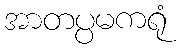
အာတပ္ပမကရုံ